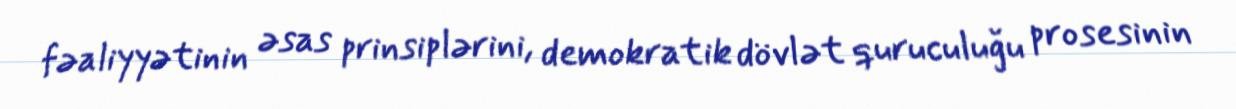
fəaliyyətinin əsas prinsiplərini, demokratik dövlət quruculuğu prosesinin